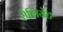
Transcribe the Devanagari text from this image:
सेलियेंट